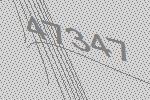
47347